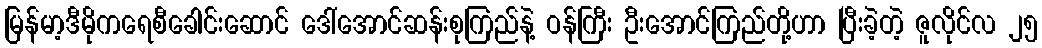
မြန်မာ့ဒီမိုကရေစီခေါင်းဆောင် ဒေါ်အောင်ဆန်းစုကြည်နဲ့ ဝန်ကြီး ဦးအောင်ကြည်တို့ဟာ ပြီးခဲ့တဲ့ ဇူလိုင်လ ၂၅